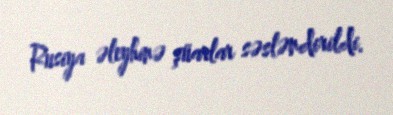
Rusiya əleyhinə şüarlar səsləndirildi.